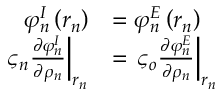
\begin{array} { r l } { \varphi _ { n } ^ { I } \left( r _ { n } \right) } & { = \varphi _ { n } ^ { E } \left( r _ { n } \right) } \\ { \left. \varsigma _ { n } \frac { \partial \varphi _ { n } ^ { I } } { \partial \rho _ { n } } \right| _ { r _ { n } } } & { = \left. \varsigma _ { o } \frac { \partial \varphi _ { n } ^ { E } } { \partial \rho _ { n } } \right| _ { r _ { n } } } \end{array}